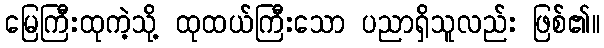
မြေကြီးထုကဲ့သို့ ထုထယ်ကြီးသော ပညာရှိသူလည်း ဖြစ်၏။